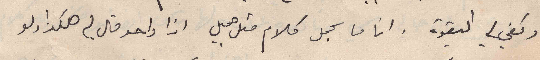
وكفي لي البقوة . انا ما بحمل كلام متل جميل اذا واحد قال لي هكذا ولو